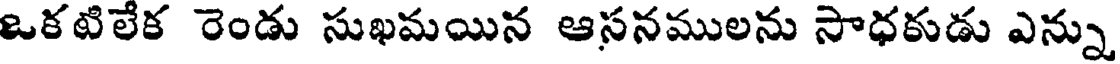
ఒకటిలేక రెండు సుఖమయిన ఆసనములను సాధకుడు ఎన్ను